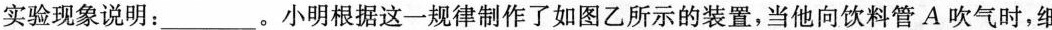
实验现象说明：___。小明根据这一规律制作了如图乙所示的装置，当他向饮料管A吹气时，细